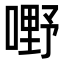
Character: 嘢